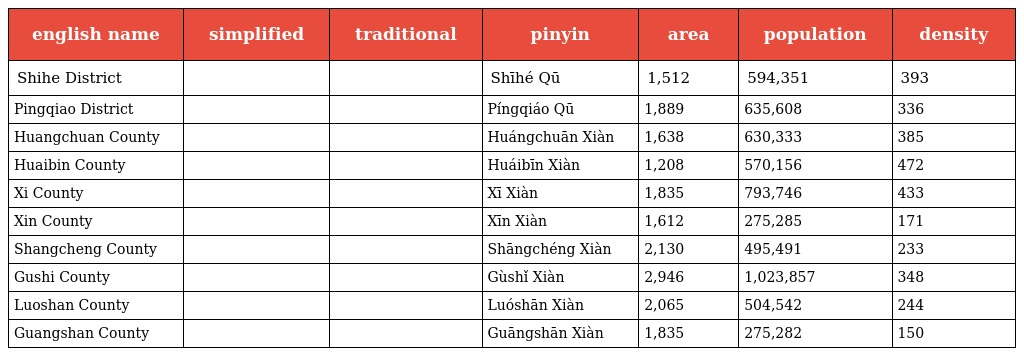
| english name | simplified | traditional | pinyin | area | population | density |
 | --- | --- | --- | --- | --- | --- | --- |
 | Shihe District | 浉河区 | 浉河區 | Shīhé Qū | 1,512 | 594,351 | 393 |
 | Pingqiao District | 平桥区 | 平橋區 | Píngqiáo Qū | 1,889 | 635,608 | 336 |
 | Huangchuan County | 潢川县 | 潢川縣 | Huángchuān Xiàn | 1,638 | 630,333 | 385 |
 | Huaibin County | 淮滨县 | 淮濱縣 | Huáibīn Xiàn | 1,208 | 570,156 | 472 |
 | Xi County | 息县 | 息縣 | Xī Xiàn | 1,835 | 793,746 | 433 |
 | Xin County | 新县 | 息縣 | Xīn Xiàn | 1,612 | 275,285 | 171 |
 | Shangcheng County | 商城县 | 商城縣 | Shāngchéng Xiàn | 2,130 | 495,491 | 233 |
 | Gushi County | 固始县 | 固始縣 | Gùshǐ Xiàn | 2,946 | 1,023,857 | 348 |
 | Luoshan County | 罗山县 | 羅山縣 | Luóshān Xiàn | 2,065 | 504,542 | 244 |
 | Guangshan County | 光山县 | 光山縣 | Guāngshān Xiàn | 1,835 | 275,282 | 150 |